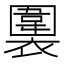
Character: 𧝖